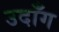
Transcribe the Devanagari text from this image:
उदाँग